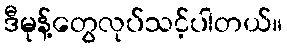
ဒီမုန့်တွေလုပ်သင့်ပါတယ်။